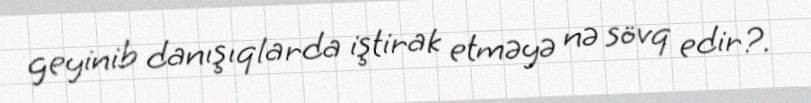
geyinib danışıqlarda iştirak etməyə nə sövq edir?.